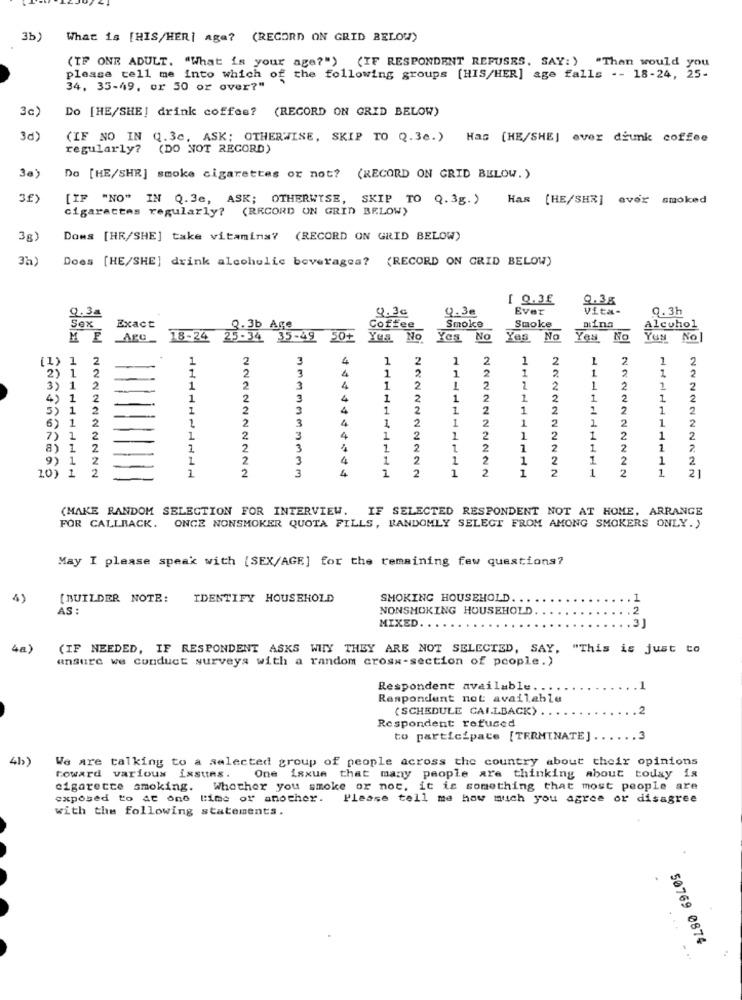
3b
What is [HIS/HER] age? (RECORD ON GRID BELOW)
(IF ONE ADULT. "What is your age?") (IF RESPONDENT REFUSES. SAY:) "Than would you
please tell me into which of the following groups [HIS/HER] age falls -- 18-24, 25-
34, 35-49, or 50 or over?"
3c)
Do [HE/SHE] drink coffee? (RECORD ON GRID BELOW)
3d)
(IF NO IN Q.3c, ASK; OTHERWISE, SKIP TO Q.3e.) Has (HE/SHE] ever drunk coffee
regularly? (DO NOT RECORD)
3e)
Do [HE/SHE] smoke cigarettes or not? (RECORD ON GRID BELOW. )
[IF "NO" IN Q.3e, ASK; OTHERWISE, SKIP TO Q. 3g.)
Has [HE/SHE] ever smoked
cigaractas regularly? (RECORD UN GRID BELOW)
3B)
Doms [HR/SHE] take vitamins? (RECORD ON GRID BELOW)
3a)
Does [HE/SHE] drink alcoholic beverages? (RECORD ON GRID BELOW)
[ 9.3£
9.38
9.30
9.30
Ever
Vita-
0.3h
9.34
Sex
Exact
0.3b Are
Coffee
Smoke
Smoke
aina
Alcohol
ArG_ 18-24
25-34 35-49 50+
Yes No Yes No
Yes No
Yes
No
YUN
No
(1)
1
2
1
2
3
1
2
2
1
2
2
1
2
1
2
1
3
1
2
1
2
1
2
1
2
1
2
3)
1
2
1
3
4
1
2
2
2
2
1
2
2
4) 1
2
1
2
3
1
2
1
2
2
2
1
2
1
2
3) 1
2
1
2
3
1
2
1
2
1
2
2
1
2
6) 1
2
1
2
3
4
1
2
1
2
1
2
1
2
1
2
7) 1
2
1
2
3
1
2
1
2
1
2
1
2
1
2
8) 1
2
2
3
1
2
1
2
1
2
1
2
1
1
2
1
2
3
1
2
1
2
1
2
1
2
1
2
10) 1
9
2
2
1
2
1
2
1
1
21
(MAKE RANDOM SELECTION FOR INTERVIEW.
IF SELECTED RESPONDENT NOT AT HOME, ARRANGE
FOR CALLBACK. ONGE NONSMOKER QUOTA FILLS, RANDOMLY SELECT FROM AMONG SMOKERS ONLY.)
May I please speak with [SEX/AGE] for the remaining few questions?
4)
[BUILDER NOTE:
IDENTIFY HOUSEHOLD
SMOKING HOUSEHOLD. .
AS :
NONSMOKING HOUSEHOLD
.2
MIXED
3
4a)
(IF NEEDED, IF RESPONDENT ASKS WHY THEY ARE NOT SELECTED, SAY, "This is just to
ansure we conduct surveys with a random cross-section of people.)
Respondent available.
Respondent not available
(SCHEDULE CAILBACK)
.2
Respondent refused
to participate [TERMINATE] ...... 3
41)
We are talking to a selected group of people across the country about their opinions
toward various issues. One isxue that many people are thinking about today is
cigarette smoking. Whether you smoke or not, it is something that most people are
exposed to At one time of another. Please tell me how much you agree or disagree
with the following statements.
50769 0874